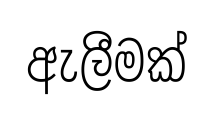
ඇලීමක්